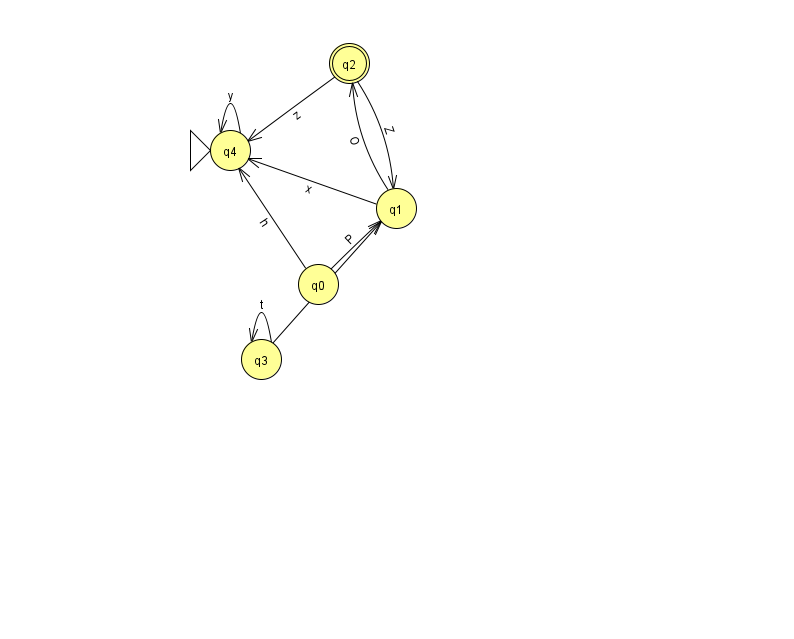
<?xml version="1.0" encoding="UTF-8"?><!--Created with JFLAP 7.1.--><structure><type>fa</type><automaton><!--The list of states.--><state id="0" name="q0"><x>318.0</x><y>271.0</y></state><state id="1" name="q1"><x>396.0</x><y>195.0</y></state><state id="2" name="q2"><x>349.0</x><y>50.0</y><final/></state><state id="3" name="q3"><x>261.0</x><y>346.0</y></state><state id="4" name="q4"><x>230.0</x><y>137.0</y><initial/></state><!--The list of transitions.--><transition><from>1</from><to>4</to><read>x</read></transition><transition><from>1</from><to>2</to><read>O</read></transition><transition><from>3</from><to>3</to><read>t</read></transition><transition><from>2</from><to>1</to><read>Z</read></transition><transition><from>4</from><to>4</to><read>y</read></transition><transition><from>0</from><to>4</to><read>h</read></transition><transition><from>0</from><to>1</to><read>P</read></transition><transition><from>3</from><to>1</to><read>W</read></transition><transition><from>2</from><to>4</to><read>z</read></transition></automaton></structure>